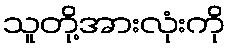
သူတို့အားလုံးကို